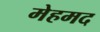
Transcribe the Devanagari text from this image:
मेहमद